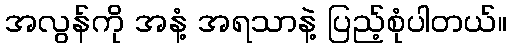
အလွန်ကို အနံ့ အရသာနဲ့ ပြည့်စုံပါတယ်။